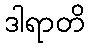
ဒါရာတိ